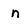
Character: n